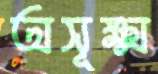
অসূক্ষ্ম